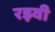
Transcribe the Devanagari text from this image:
रझ्वी